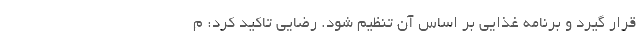
قرار گیرد و برنامه غذایی بر اساس آن تنظیم شود. رضایی تاکید کرد: م